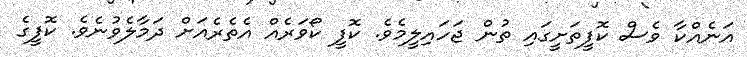
އަނެއްކާ ވެސް ކޮފީތަށީގައި ތުން ޖަހައިލީމެވެ. ކޮފީ ކޯވަރެއް އެތެރެއަށް ދަމާލެވުނެވެ. ކޮފީގެ